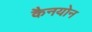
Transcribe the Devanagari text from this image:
कैनयोन